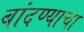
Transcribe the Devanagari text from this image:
बांदण्याचा